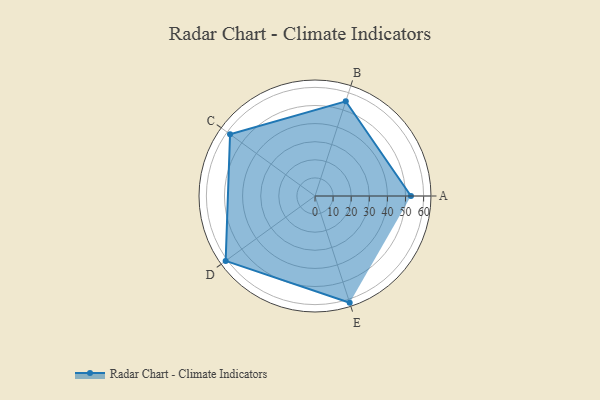
{"axis": {"x": "Skill", "y": "Score"}, "legend": ["Profile"], "data": [{"x": "A", "y": 53.0, "type": "Profile"}, {"x": "B", "y": 55.0, "type": "Profile"}, {"x": "C", "y": 58.0, "type": "Profile"}, {"x": "D", "y": 61.0, "type": "Profile"}, {"x": "E", "y": 62.0, "type": "Profile"}]}